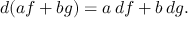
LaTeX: d ( a f + b g ) = a \, d f + b \, d g .